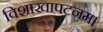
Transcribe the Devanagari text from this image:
विशाखापटनम।